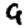
Digit: 9